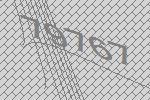
79767